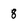
Character: 8